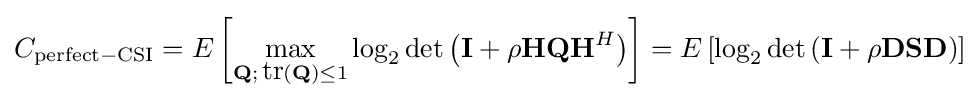
C_{\mathrm {perfect-CSI} }=E\left[\max _{\mathbf {Q} ;\,{\mbox{tr}}(\mathbf {Q} )\leq 1}\log _{2}\det \left(\mathbf {I} +\rho \mathbf {H} \mathbf {Q} \mathbf {H} ^{H}\right)\right]=E\left[\log _{2}\det \left(\mathbf {I} +\rho \mathbf {D} \mathbf {S} \mathbf {D} \right)\right]